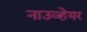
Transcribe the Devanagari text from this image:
नाउव्हेयर